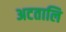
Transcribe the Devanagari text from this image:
अटतालि